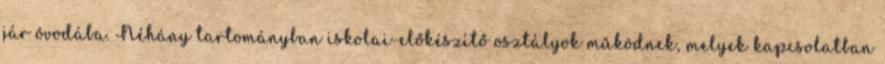
jár óvodába. Néhány tartományban iskolai-előkészítő osztályok működnek, melyek kapcsolatban